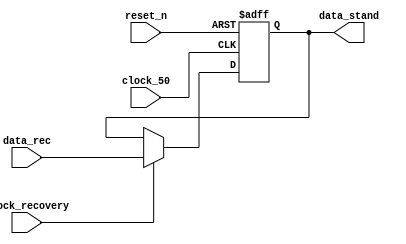
module write_axi_9bit(
		 input clock_recovery,
		 input clock_50,
		 input reset_n,
		 input [8:0] data_rec,
		 output reg [8:0] data_stand	
		);
always@(posedge clock_50 or negedge reset_n )
begin
	if(!reset_n)
	begin
		data_stand <= 9'd0;
	end
	else
	begin
		if(clock_recovery)
			data_stand <= data_rec;
		else
			data_stand <= data_stand;
	end
end
endmodule